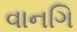
વાનગિ